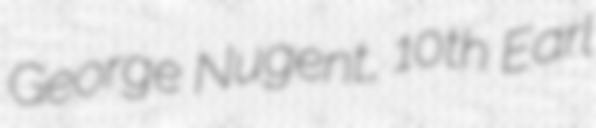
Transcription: George Nugent, 10th Earl